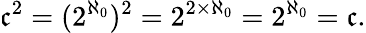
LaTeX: {\mathfrak{c}}^{2}=(2^{\aleph_{0}})^{2}=2^{2\times{\aleph_{0}}}=2^{\aleph_{0}}={\mathfrak{c}}.